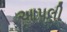
આપલી